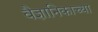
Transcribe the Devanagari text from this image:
वैज्ञानिकाच्या